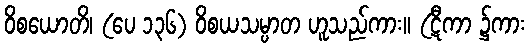
ဝိစယောတိ၊ (ပေ ၁၃၆) ဝိစယသမ္ပာတ ဟူသည်ကား။ (ဋီကာ ၌ကား